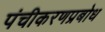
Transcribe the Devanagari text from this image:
पंचीकरणप्रबोध